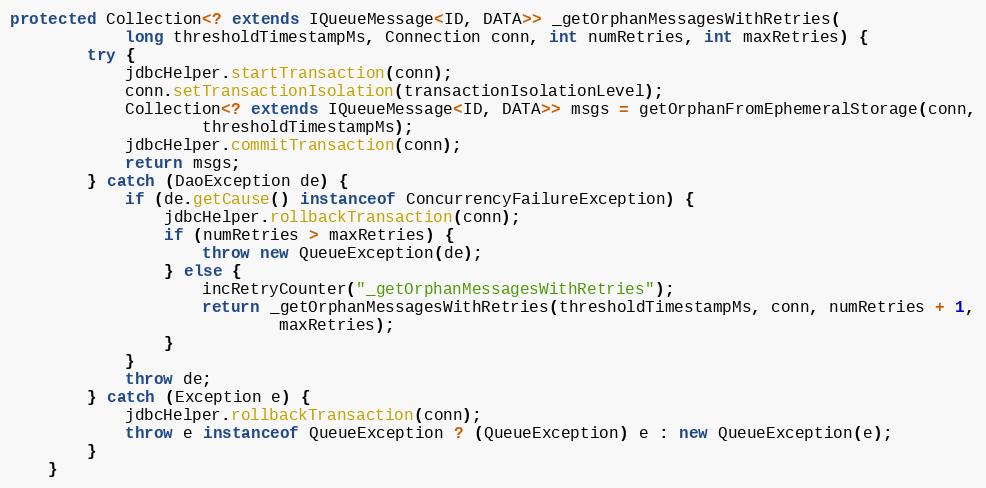
Language: Java
protected Collection<? extends IQueueMessage<ID, DATA>> _getOrphanMessagesWithRetries(
            long thresholdTimestampMs, Connection conn, int numRetries, int maxRetries) {
        try {
            jdbcHelper.startTransaction(conn);
            conn.setTransactionIsolation(transactionIsolationLevel);
            Collection<? extends IQueueMessage<ID, DATA>> msgs = getOrphanFromEphemeralStorage(conn,
                    thresholdTimestampMs);
            jdbcHelper.commitTransaction(conn);
            return msgs;
        } catch (DaoException de) {
            if (de.getCause() instanceof ConcurrencyFailureException) {
                jdbcHelper.rollbackTransaction(conn);
                if (numRetries > maxRetries) {
                    throw new QueueException(de);
                } else {
                    incRetryCounter("_getOrphanMessagesWithRetries");
                    return _getOrphanMessagesWithRetries(thresholdTimestampMs, conn, numRetries + 1,
                            maxRetries);
                }
            }
            throw de;
        } catch (Exception e) {
            jdbcHelper.rollbackTransaction(conn);
            throw e instanceof QueueException ? (QueueException) e : new QueueException(e);
        }
    }